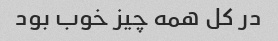
در کل همه چیز خوب بود